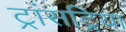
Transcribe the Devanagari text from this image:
ट्रांसट्रिया